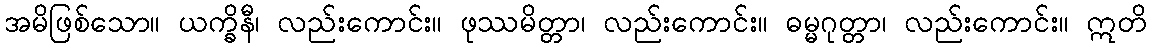
အမိဖြစ်သော။ ယက္ခိနီ၊ လည်းကောင်း။ ဖုဿမိတ္တာ၊ လည်းကောင်း။ ဓမ္မဂုတ္တာ၊ လည်းကောင်း။ ဣတိ